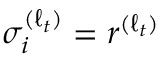
\sigma _ { i } ^ { ( \ell _ { t } ) } = r ^ { ( \ell _ { t } ) }